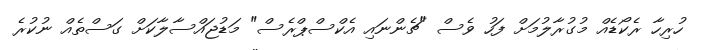
ހުރިހާ ރެކޯޑެއް މުގުރާލުމަށް ފަހު ވެސް "ޗެންނައި އެކްސްޕްރެސް" މަޑުޖައްސާލާކަށް ގަސްތެއް ނުކުރެ